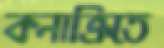
কনাক্রিতে